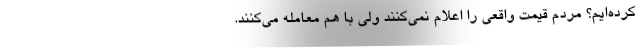
کرده‌ایم؟ مردم قیمت واقعی را اعلام نمی‌کنند ولی با هم معامله می‌کنند.